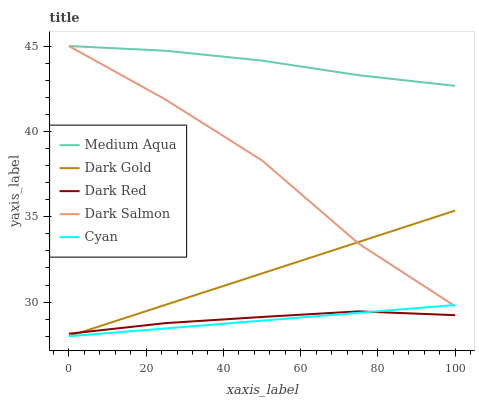
| xaxis_label | Medium Aqua | Dark Gold | Dark Red | Dark Salmon | Cyan |
 | --- | --- | --- | --- | --- | --- |
 | 0 | 45 | 28 | 28.1 | 45 | 28 |
 | 25 | 44.7 | 29.8 | 28.8 | 41.9 | 28.5 |
 | 50 | 44.1 | 31.7 | 29.1 | 38.3 | 28.9 |
 | 75 | 43.3 | 33.5 | 29.5 | 33.4 | 29.4 |
 | 100 | 42.7 | 35.4 | 29.2 | 29.8 | 29.8 |